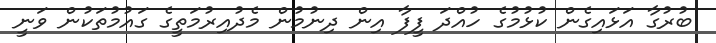
ބުރުގާ އަޅައިގެން ކުޅުމުގެ ހުއްދަ ފީފާ އިން ދިނުމުން މެދުއިރުމަތީގެ ގައުމުތަކުން ވަނީ